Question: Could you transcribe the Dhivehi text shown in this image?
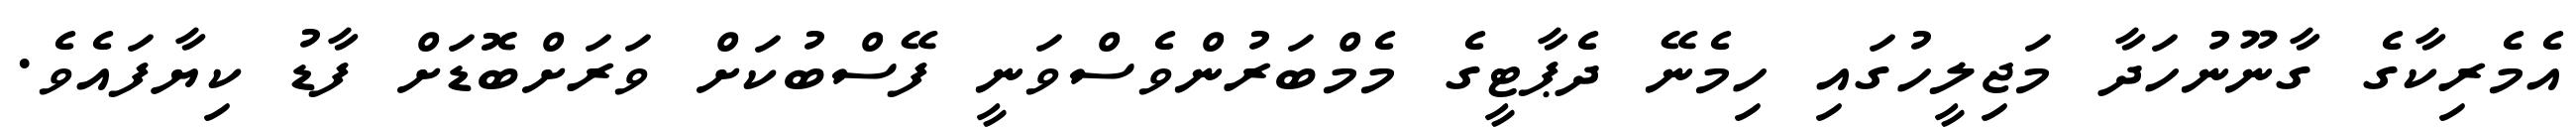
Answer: އެމެރިކާގެ ގާނޫނުހަދާ މަޖިލީހުގައި ހިމެނޭ ދެޕާޓީގެ މެމްބަރުންވެސްވަނީ ފޭސްބުކަށް ވަރަށްބޮޑަށް ފާޑު ކިޔާފައެވެ.